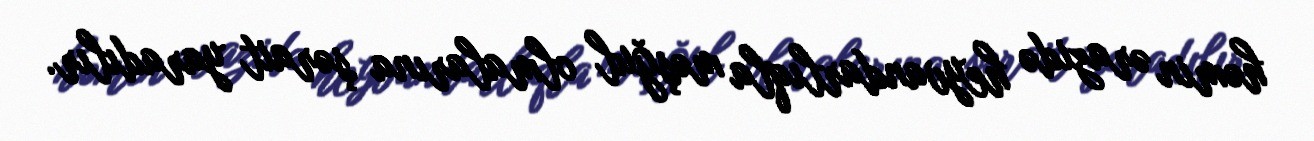
həmin ərazidə heyvandarlıqla məşğul olmalarına şərait yaradılır.